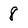
Character: 8